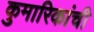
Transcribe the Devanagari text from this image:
कुमारिकांची